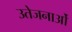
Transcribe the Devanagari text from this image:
उतेजनाओं